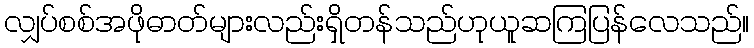
လျှပ်စစ်အဖိုဓာတ်များလည်းရှိတန်သည်ဟုယူဆကြပြန်လေသည်။